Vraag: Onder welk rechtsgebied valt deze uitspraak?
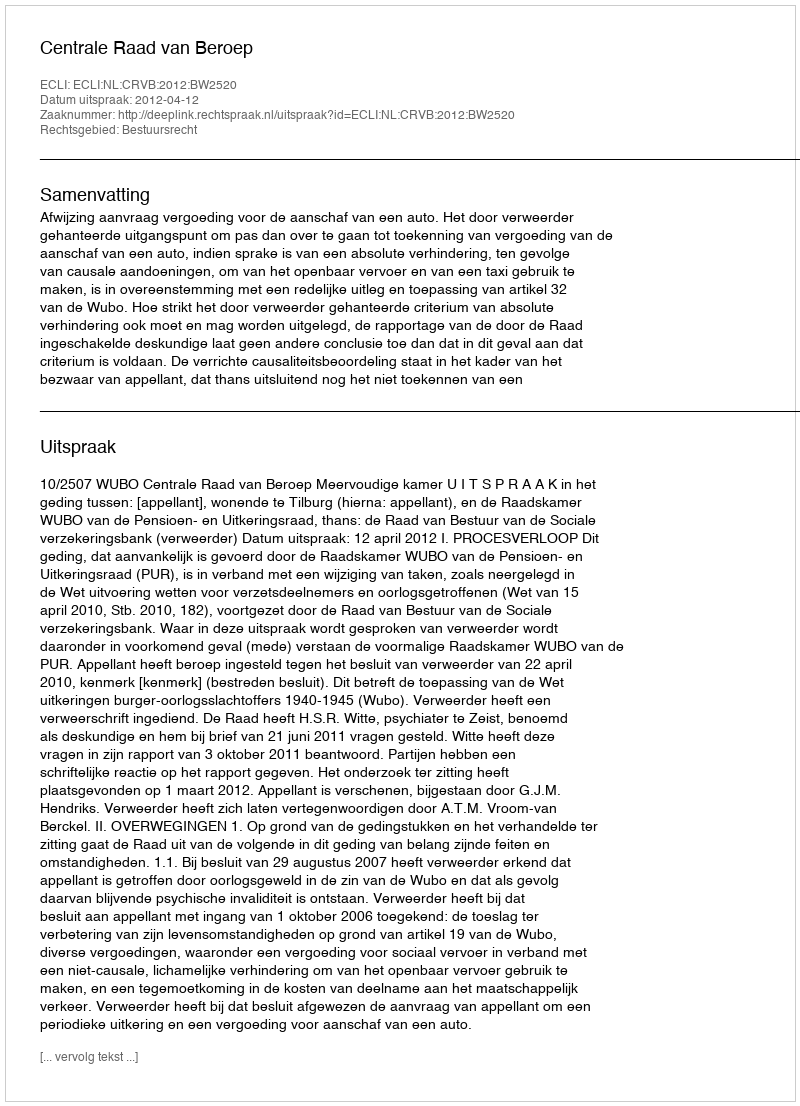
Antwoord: Bestuursrecht